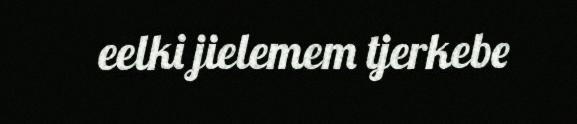
eelki jielemem tjerkebe